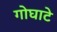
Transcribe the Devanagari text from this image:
गोघाटे